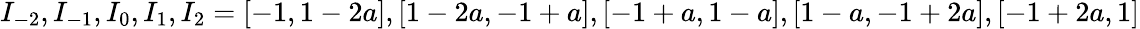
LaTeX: I_{-2},I_{-1},I_{0},I_{1},I_{2}=[-1,1-2a],[1-2a,-1+a],[-1+a,1-a],[1-a,-1+2a],[-1+2a,1]